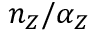
n _ { Z } / \alpha _ { Z }